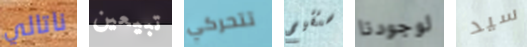
ناتالي تبيعين تتحركي ستقيم لوجودنا سيد